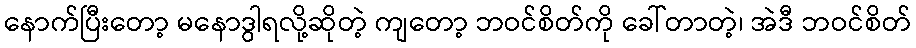
နောက်ပြီးတော့ မနောဒွါရလို့ဆိုတဲ့ ကျတော့ ဘဝင်စိတ်ကို ခေါ်တာတဲ့၊ အဲဒီ ဘဝင်စိတ်